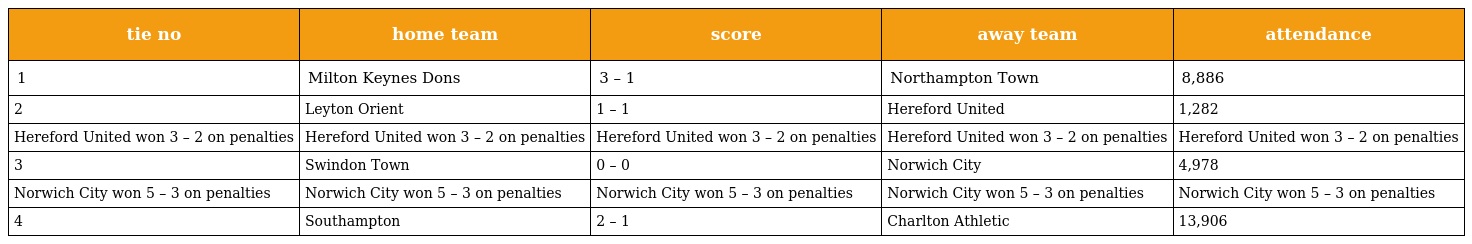
| tie no | home team | score | away team | attendance |
 | --- | --- | --- | --- | --- |
 | 1 | Milton Keynes Dons | 3 – 1 | Northampton Town | 8,886 |
 | 2 | Leyton Orient | 1 – 1 | Hereford United | 1,282 |
 | Hereford United won 3 – 2 on penalties | Hereford United won 3 – 2 on penalties | Hereford United won 3 – 2 on penalties | Hereford United won 3 – 2 on penalties | Hereford United won 3 – 2 on penalties |
 | 3 | Swindon Town | 0 – 0 | Norwich City | 4,978 |
 | Norwich City won 5 – 3 on penalties | Norwich City won 5 – 3 on penalties | Norwich City won 5 – 3 on penalties | Norwich City won 5 – 3 on penalties | Norwich City won 5 – 3 on penalties |
 | 4 | Southampton | 2 – 1 | Charlton Athletic | 13,906 |